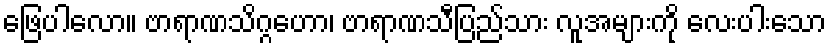
ဖြေပါလော။ ဗာရာဏသိဂ္ဂဟော၊ ဗာရာဏသီပြည်သား လူအများကို လေးပါးသော